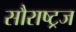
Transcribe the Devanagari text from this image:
सौराष्ट्रज